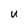
Character: U